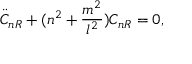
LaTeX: \ddot { C } _ { n R } + ( n ^ { 2 } + \frac { m ^ { 2 } } { l ^ { 2 } } ) C _ { n R } = 0 ,